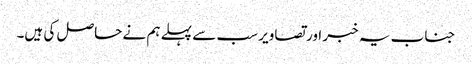
جناب یہ خبر اور تصاویر سب سے پہلے ہم نے حاصل کی ہیں۔